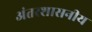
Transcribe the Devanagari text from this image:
अंतरशासनीय